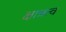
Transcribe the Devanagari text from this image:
क्षात्रत्व